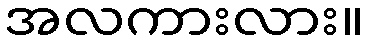
အလကားလား။